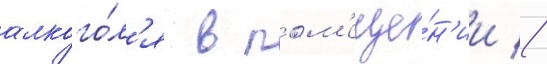
алкого́л'я в пом'еще́н'ии //